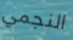
النجمي